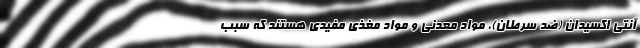
آنتی اکسیدان (ضد سرطان)، مواد معدنی و مواد مغذی مفیدی هستند که سبب